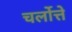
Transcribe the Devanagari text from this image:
चर्लोत्ते